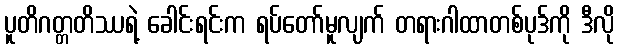
ပူတိဂတ္တတိဿရဲ့ ခေါင်းရင်းက ရပ်တော်မူလျက် တရားဂါထာတစ်ပုဒ်ကို ဒီလို